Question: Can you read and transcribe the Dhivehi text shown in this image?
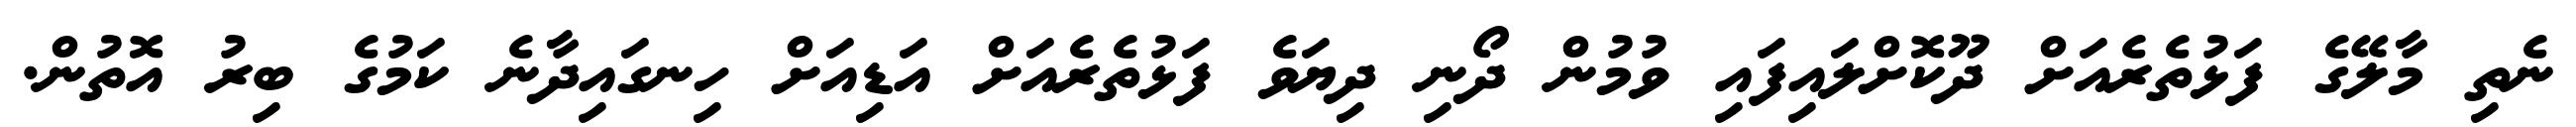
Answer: ނެތި މާލޭގެ ފަޅުތެރެއަށް ދޫކޮށްލައިފައި ވުމުން ދޯނި ދިޔަވެ ފަޅުތެރެއަށް އަޑިއަށް ހިނގައިދާނެ ކަމުގެ ބިރު އޮތުން.